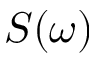
S ( \omega )